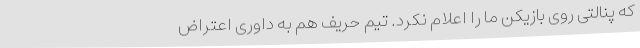
که پنالتی روی بازیکن ما را اعلام نکرد. تیم حریف هم به داوری اعتراض